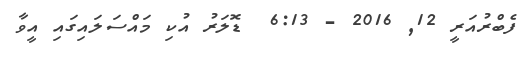
ފެބްރުއަރީ 12